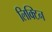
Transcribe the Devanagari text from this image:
लिक्टिन